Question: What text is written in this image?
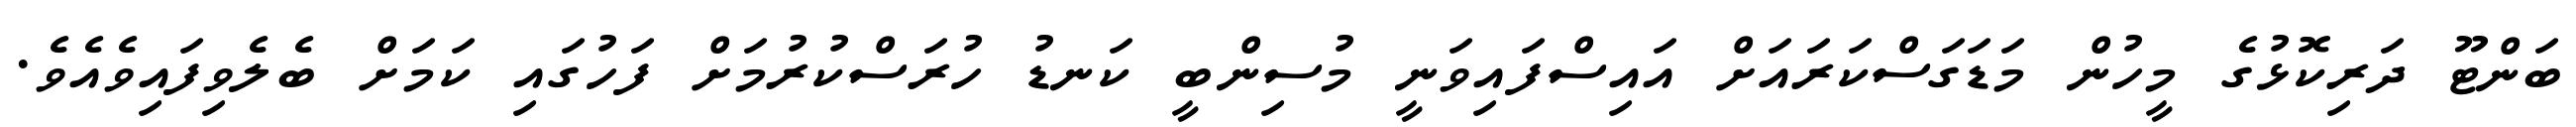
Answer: ބަންޓޫ ދަރިކޮޅުގެ މީހުން މަޑަގަސްކަރައަށް އައިސްފައިވަނީ މުސިންބީ ކަނޑު ހުރަސްކުރުމަށް ފަހުގައި ކަމަށް ބެލެވިފައިވެއެވެ.